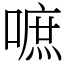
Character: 嗻